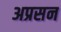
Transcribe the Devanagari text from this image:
अप्रसन